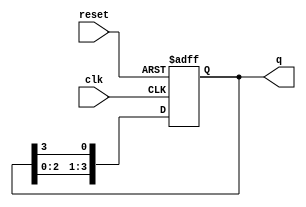
module multi_stage_ring_counter #(
    parameter N = 4  // Number of stages (flip-flops)
) (
    input wire clk,      // Clock input
    input wire reset,    // Asynchronous reset
    output reg [N-1:0] q // Output representing the current state
);

    // Initial state for the ring counter
    initial begin
        q = 1'b1; // Initialize the first flip-flop to '1', others to '0'
    end

    always @(posedge clk or posedge reset) begin
        if (reset) begin
            q <= 1'b1; // Reset the counter to initial state
        end else begin
            // Shift the '1' to the next flip-flop
            q <= {q[N-2:0], q[N-1]}; // Shift left and wrap around
        end
    end
endmodule